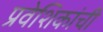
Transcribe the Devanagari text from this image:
प्रवेशिकांची